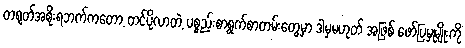
တရုတ်အစိုးရဘက်ကတော့ တင်ပို့လာတဲ့ ပစ္စည်းစာရွက်စာတမ်းတွေမှာ ဒါမှမဟုတ် အဖြစ် ဖော်ပြမှုမျိုးကို